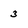
Character: 3